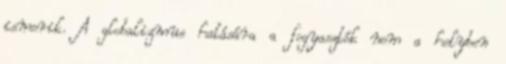
ismerik. A globalizmus hatására a fogyasztók nem a helyben